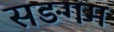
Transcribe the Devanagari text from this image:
सङगम